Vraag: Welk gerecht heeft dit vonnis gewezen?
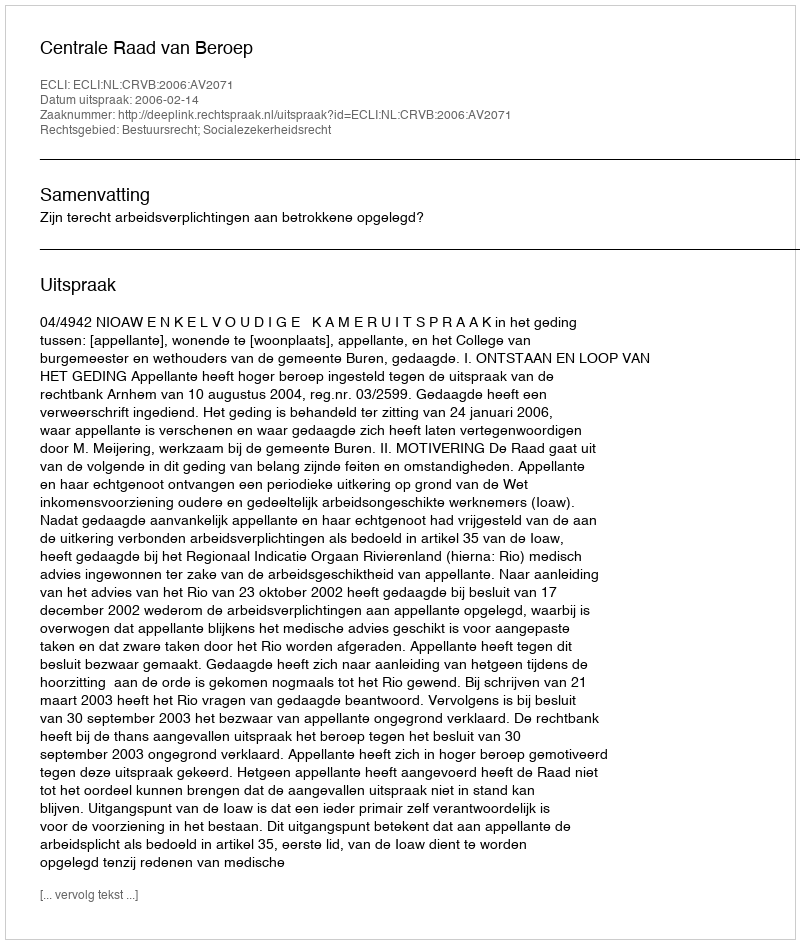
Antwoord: Centrale Raad van Beroep